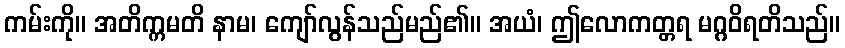
ကမ်းကို။ အတိက္ကမတိ နာမ၊ ကျော်လွန်သည်မည်၏။ အယံ၊ ဤလောကတ္တရ မဂ္ဂဝိရတိသည်။